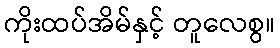
ကိုးထပ်အိမ်နှင့် တူလေစွ။